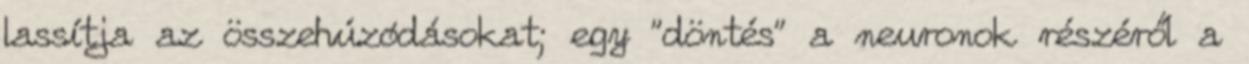
lassítja az összehúzódásokat; egy "döntés" a neuronok részéről a